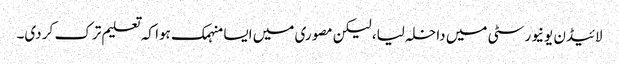
لائیڈن یونیورسٹی میں داخلہ لیا، لیکن مصوری میں ایسا منہمک ہوا کہ تعلیم ترک کر دی۔